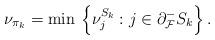
LaTeX: \begin{align*}\nu_{\pi_k} = \min \, \left\{\nu^{S_k}_j: j \in\partial_{\mathcal{F}}^- S_k\right\}.\end{align*}